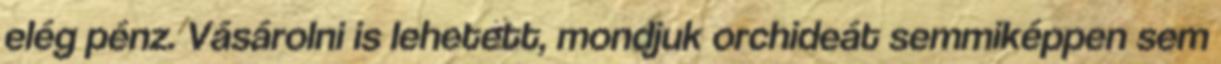
elég pénz. Vásárolni is lehetett, mondjuk orchideát semmiképpen sem